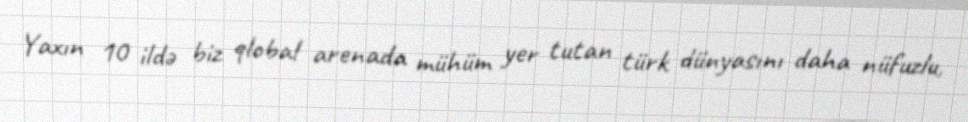
Yaxın 10 ildə biz qlobal arenada mühüm yer tutan türk dünyasını daha nüfuzlu,